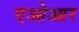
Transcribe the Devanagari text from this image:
एओआर